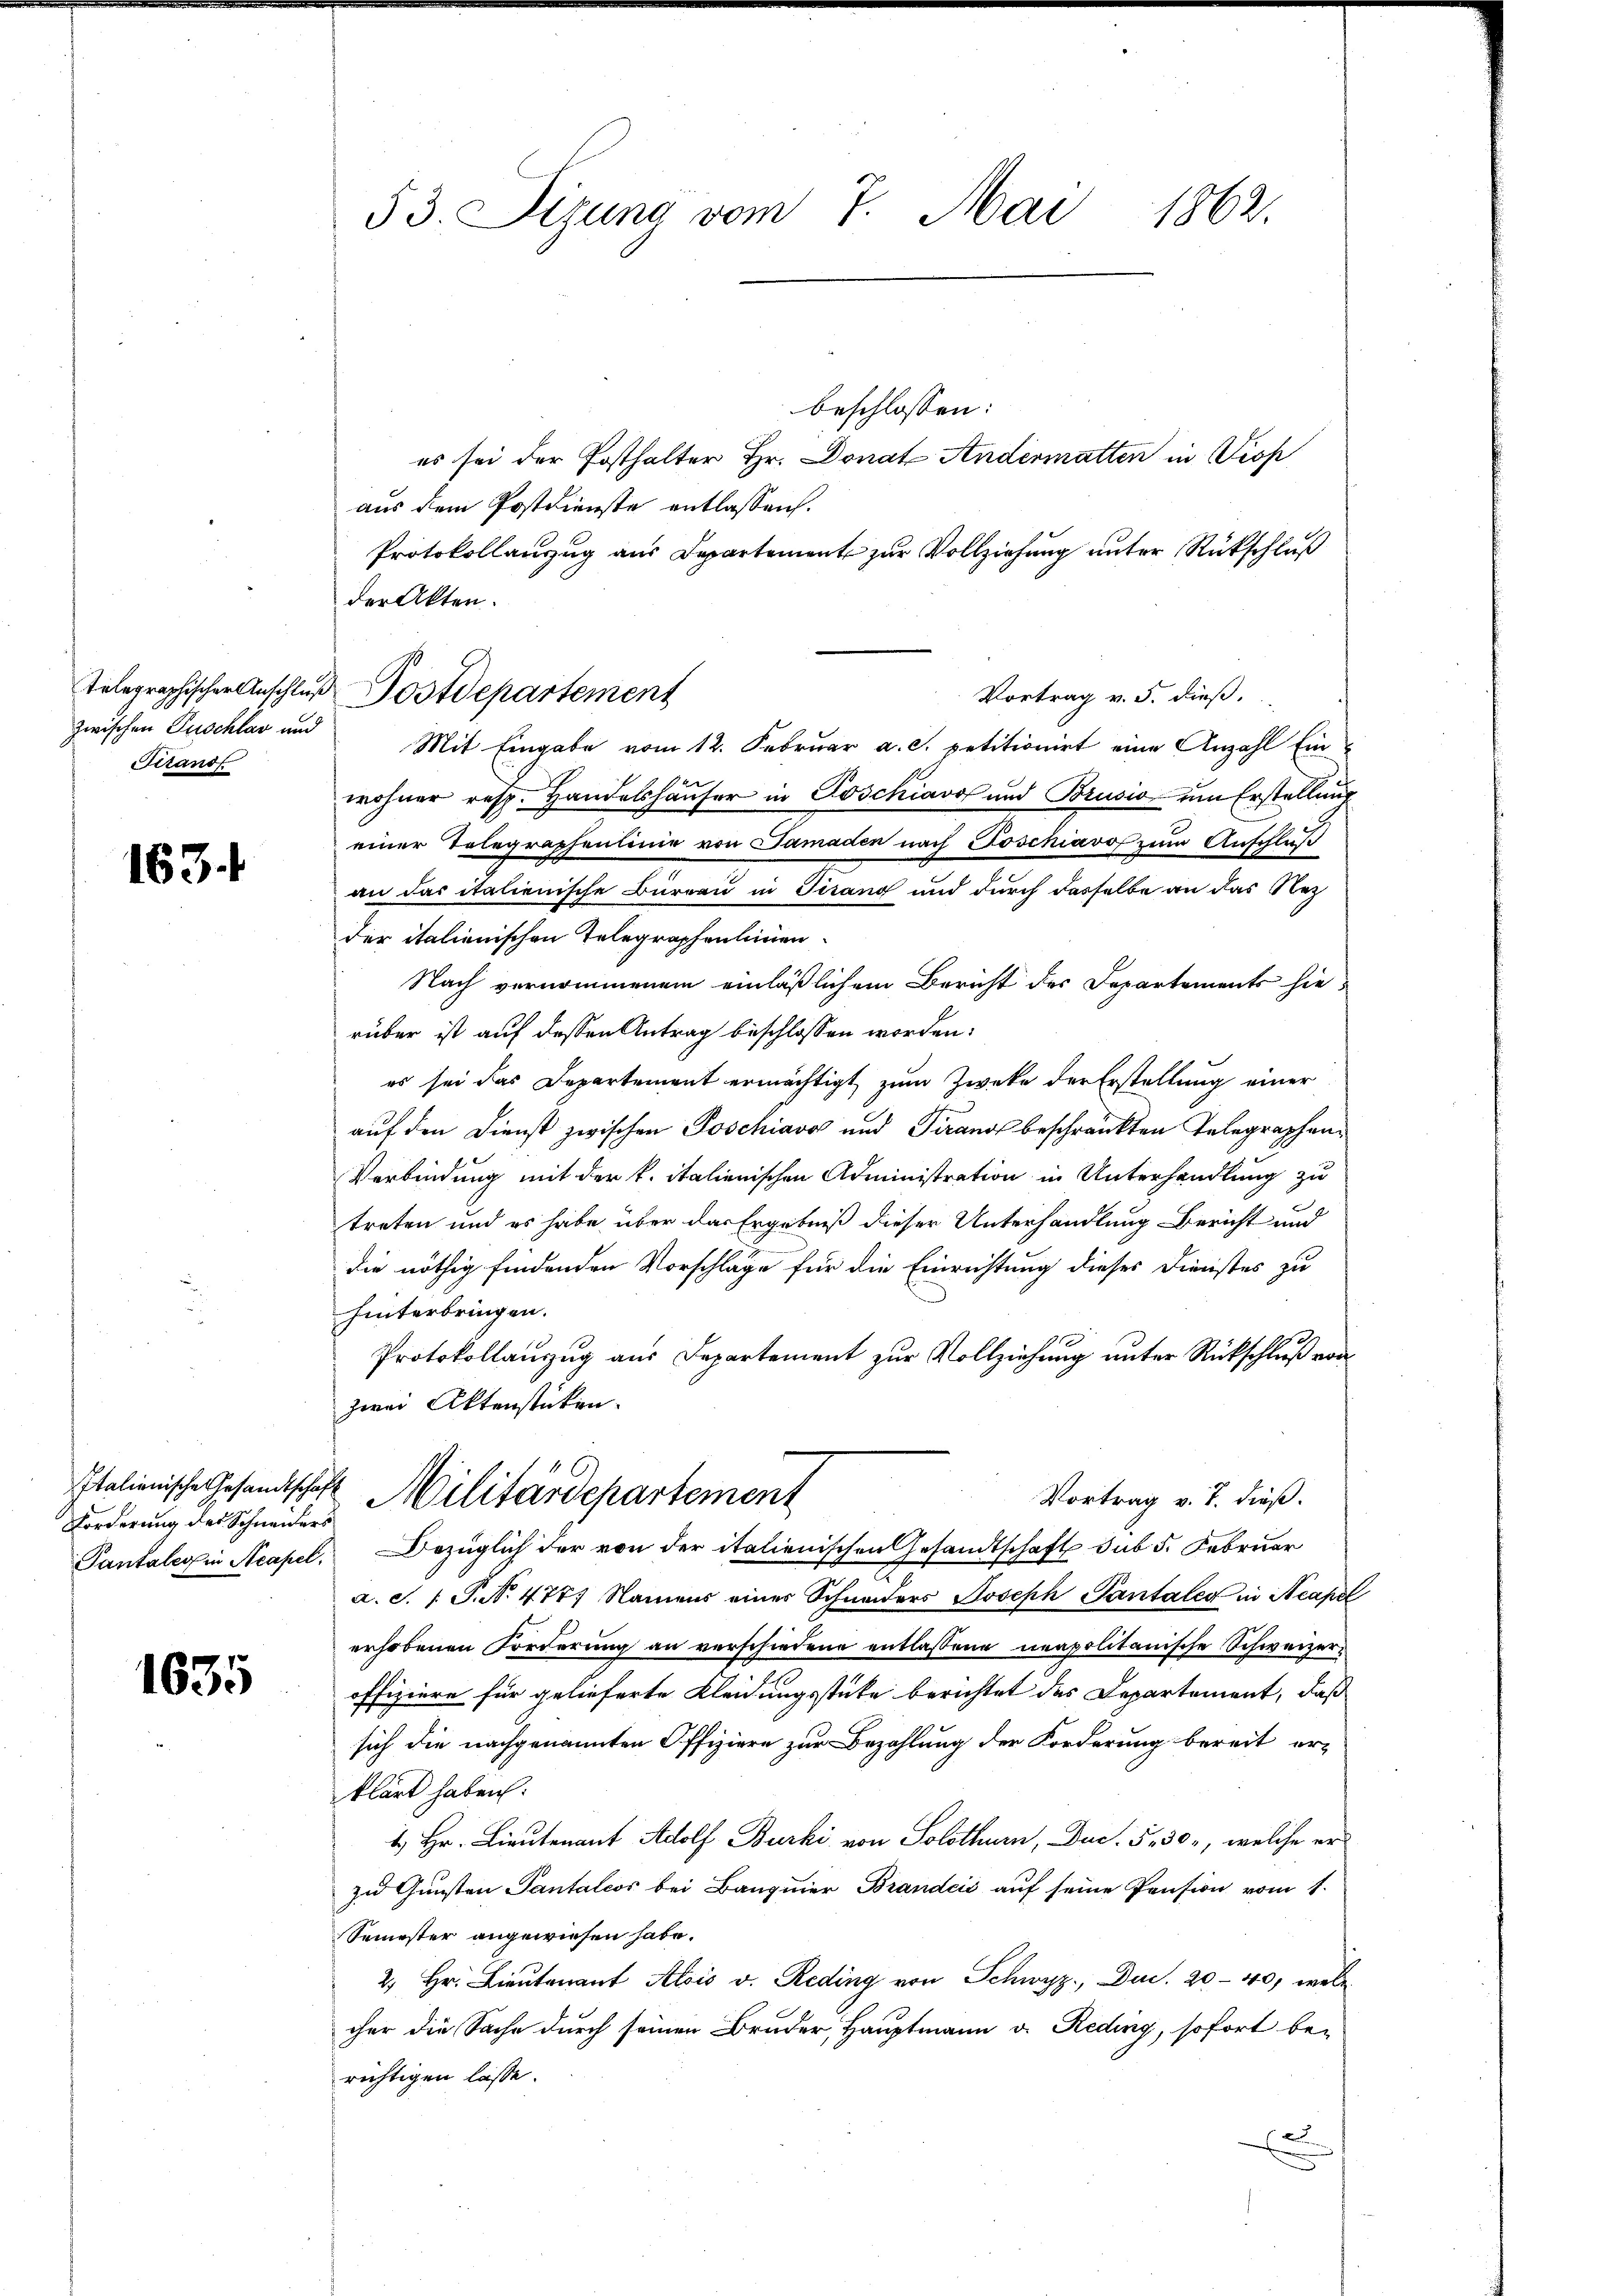
zwischen Puschlav und
Sitand

163.

Forderung des Schneiders

1635

53. Sizung vom 7. Mai 1862.

telegraphischer Anschlŭβ Postdepartement

beschlossen:
es sei der Posthalter Hr. Donat Andermatten in Prof
aus dem Postdienste entlassen.
Protokollanzug aus Departement zur Vollziehung unter Rückschluß
der Akten.
Vortrag v. 5. dieß.
Mit Eingabe vom 12. Februar a. c. petitionirt eine Anzahl Einwohner resp. Handelshäuser in Poschiavo und Brusio um Erstelluneiner Tolegraphenlinie von Samaden nach Poschiavo zum Anschluß
an das italienische Büreau in Tirang und durch dasselbe an das Nez
der italienischen Telegraphenlinien
Nach vernommenem einläßlichem Bericht der Departements hierüber ist auf dessen Antrag beschlossen worden:
es sei das Departement ermächtigt zum Zwecke der Erstellung einer
auf den Dienst zwischen Poschiavo und Tirands beschränkten Telegraphen¬
Verbindung mit der k. italienischen Administration in Unterhandlung zu
treten und es habe über das Ergebniß dieser Unterhandlung Bericht und
die nöthig findenden Vorschläge für die Einrichtung dieses Dienstes zu
hinterbringen.
Protokollauszug aus Departement zur Vollziehung unter Rückschluß von
zwei Aktenstücken.
Italienische Gesandtschaft Militärdepartement
Vortrag v. J. dieß.
Pantalein Acapel. Bezüglich der von der italienischen Gesandtschaft sub 5. Februar
x
a. S. P. N. 477, Namens einer Schneiders Joseph Pantaler in Neaper
erhobenen Forderung an verschiedene entlassene neapolitanische Schweizeroffiziere für gelieferte Kleidungsstüke berichtet des Departement, daß
sich die nachgenannten Offiziere zur Bezahlung der Forderung bereit er-
klärt haben:
 Hr. Lieutenant Adolf Burki von Solothurn, Duc. 530, welche er
zu Gunsten Pantalios bei Banquier Brandcić auf seine Pension vom 1.
Semester angewiesen habe.
2. Hr. Lieŭtenant Alois v. Reding von Schwyz, Duc. 20 - 400, wel-
cher die Sache durch seinen Bruder, Hauptmann u. Reding, sofort bei
richtigen lasse.
xx

.